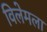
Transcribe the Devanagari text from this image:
विलेमला